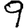
Digit: 9